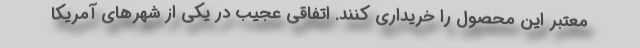
معتبر این محصول را خریداری کنند. اتفاقی عجیب در یکی از شهر‌های آمریکا